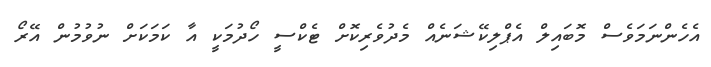
އެހެންނަމަވެސް މޮބައިލް އެޕްލިކޭޝަނެއް މެދުވެރިކޮށް ޓެކްސީ ހޯދުމަކީ އާ ކަމަކަށް ނުވުމުން އޭރޯ